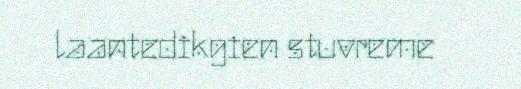
laantedikgien stuvreme